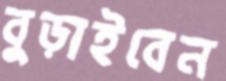
বুড়াইবেন